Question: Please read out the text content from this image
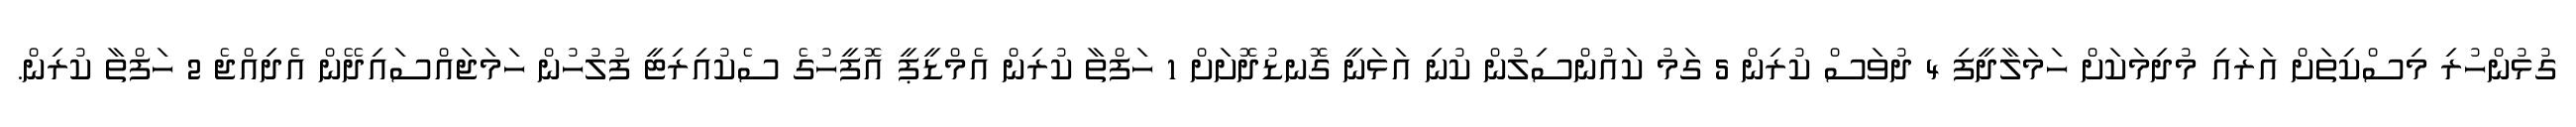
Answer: ގުޅުންހުރި މިސްކިތަށް އަރައި މުދިމަކަށް ހަމަލާދީފި 4 ދުވަސް ކުރިން 5 ގަމު ކައުންސިލުން ކުނި އަޅަނީ ގޮނޑުދޮށަށް 1 ހަފްތާ ކުރިން އެމްޑީޕީ އޮފީހުގެ ސެކުއިރިޓީ ފުލުހުން ހަމަޖައްސައިދޭން އެދިއްޖެ 2 ހަފްތާ ކުރިން.